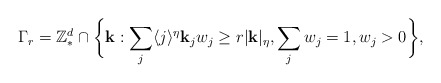
\begin{align*}\Gamma_{r} = \mathbb{Z}^{d}_{*} \cap \bigg\{\mathbf{k}: \sum_{j} \langle j\rangle^{\eta}{\bf k}_{j} w_{j} \geq r|{\bf k}|_{\eta}, \sum_{j}w_{j}=1, w_j>0 \bigg\},\end{align*}